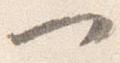
一